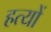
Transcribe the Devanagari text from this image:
हत्यों